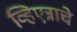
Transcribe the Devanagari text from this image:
व्हिएन्नाचे